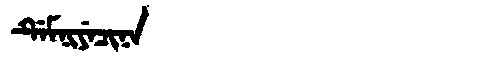
Manchu: ᡩᡝᠮᠨᡳᠶᡝᠴᡳᠨᠠ
Romanization: DEMNIYECINA